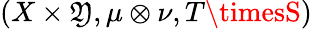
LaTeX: (X\times\mathfrak{Y},\mu\otimes\nu,T\timesS)